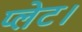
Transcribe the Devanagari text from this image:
प्लेट।